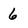
Character: 6